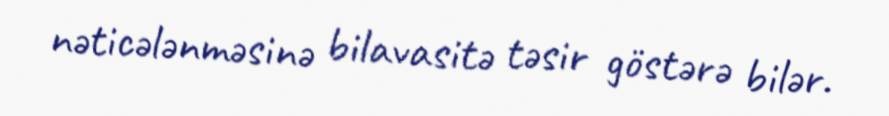
nəticələnməsinə bilavasitə təsir göstərə bilər.